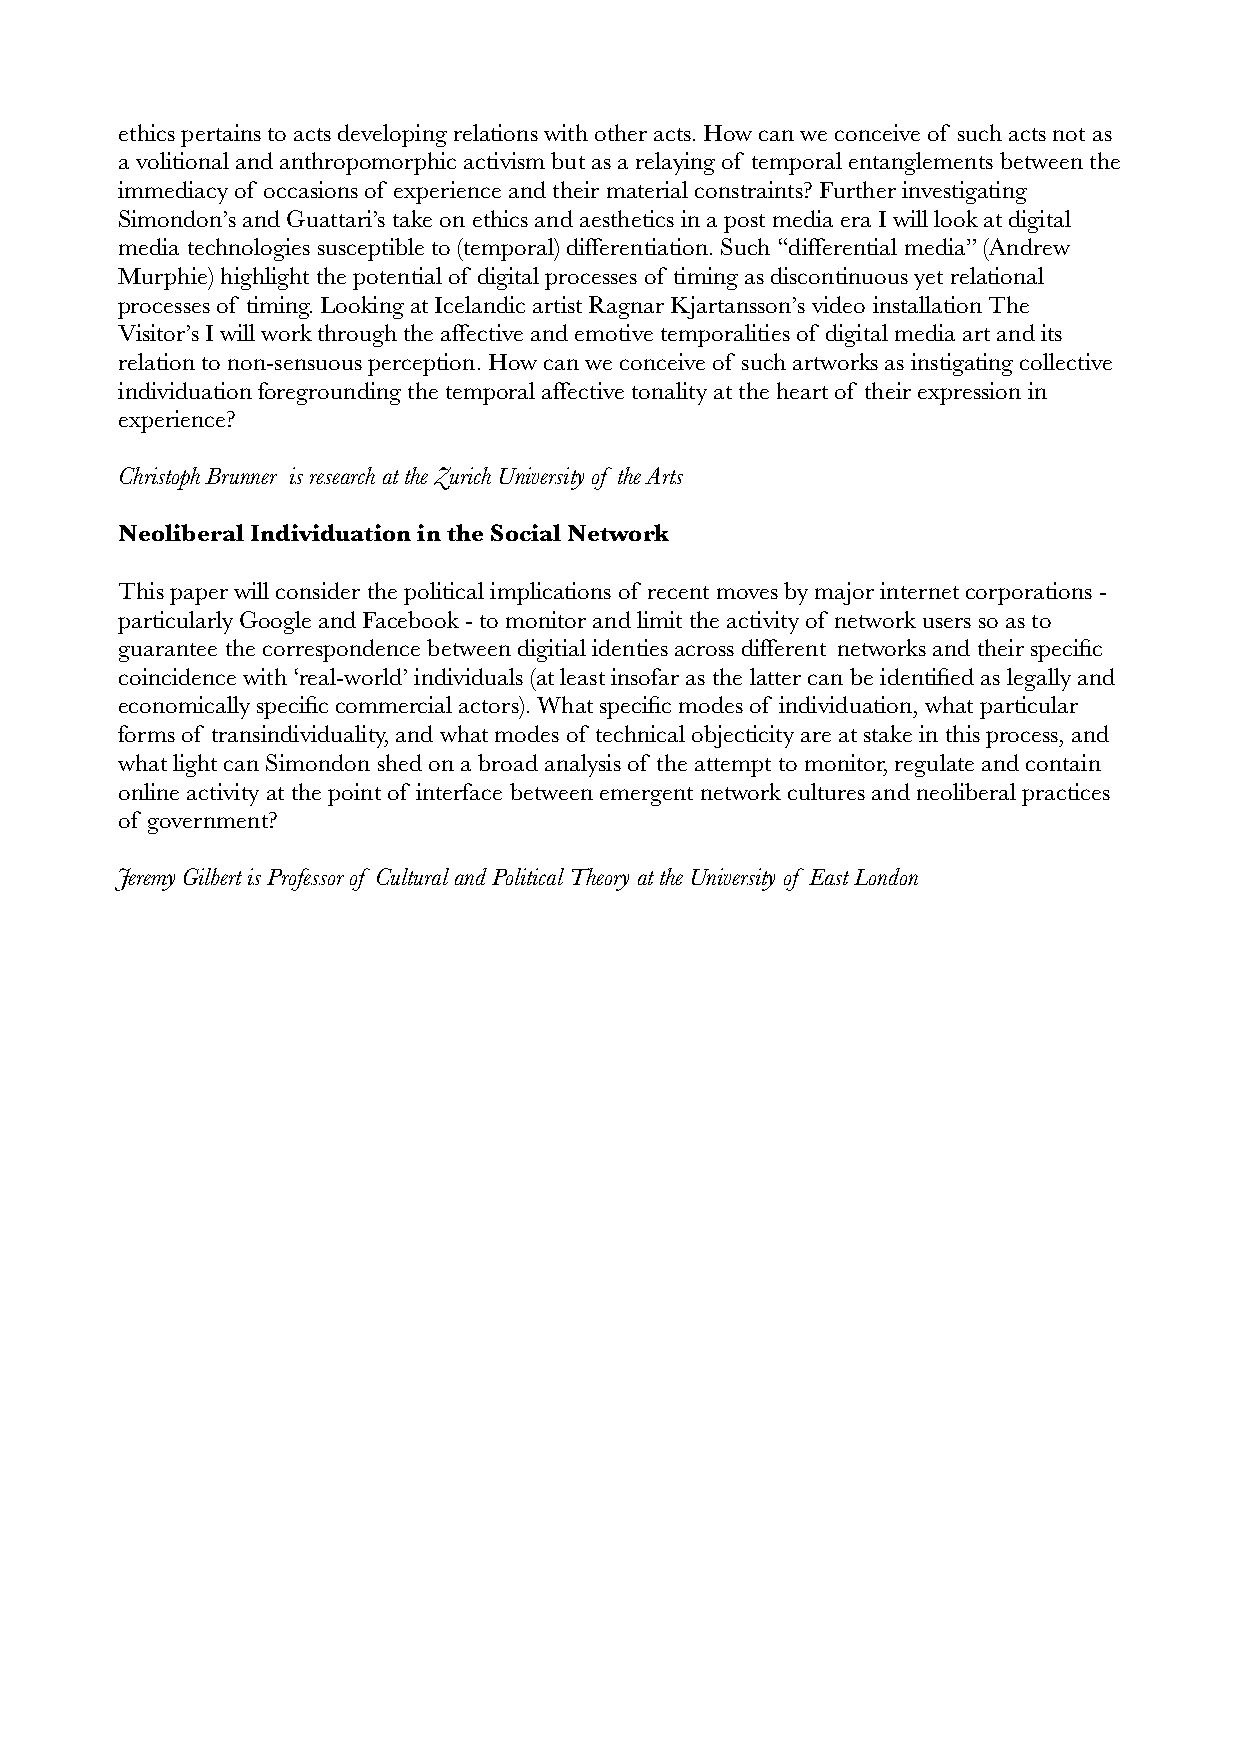
ethics pertains to acts developing relations with other acts. How can we conceive of such acts not as
 a volitional and anthropomorphic activism but as a relaying of temporal entanglements between the
 immediacy of occasions of experience and their material constraints? Further investigating
 Simondon’s and Guattari’s take on ethics and aesthetics in a post media era I will look at digital
 media technologies susceptible to (temporal) differentiation. Such “differential media” (Andrew
 Murphie) highlight the potential of digital processes of timing as discontinuous yet relational
 processes of timing. Looking at Icelandic artist Ragnar Kjartansson’s video installation The
 Visitor’s I will work through the affective and emotive temporalities of digital media art and its
 relation to non-sensuous perception. How can we conceive of such artworks as instigating collective
 individuation foregrounding the temporal affective tonality at the heart of their expression in
 experience?
 Christoph Brunner is research at the Zurich University of the Arts
 Neoliberal Individuation in the Social Network
 This paper will consider the political implications of recent moves by major internet corporations -
 particularly Google and Facebook - to monitor and limit the activity of network users so as to
 guarantee the correspondence between digitial identies across different networks and their specific
 coincidence with ‘real-world’ individuals (at least insofar as the latter can be identified as legally and
 economically specific commercial actors). What specific modes of individuation, what particular
 forms of transindividuality, and what modes of technical objecticity are at stake in this process, and
 what light can Simondon shed on a broad analysis of the attempt to monitor, regulate and contain
 online activity at the point of interface between emergent network cultures and neoliberal practices
 of government?
 Jeremy Gilbert is Professor of Cultural and Political Theory at the University of East London